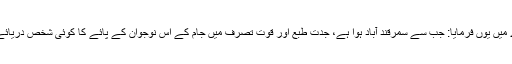
مولانا عبد الرحمٰن جامی کے بارے میں یوں فرمایا: جب سے سمرقند آباد ہوا ہے، جدتِ طبع اور قوتِ تصرف میں جام کے اِس نوجوان کے پائے کا کوئی شخص دریائے آمویہ عبور کرکے اِدھر نہیں آیا ۔